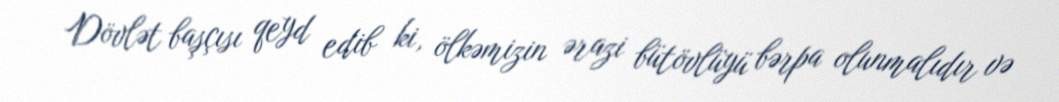
Dövlət başçısı qeyd edib ki, ölkəmizin ərazi bütövlüyü bərpa olunmalıdır və